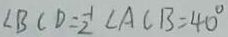
\angle B C D = \frac { 1 } { 2 } \angle A C B = 4 0 ^ { \circ }